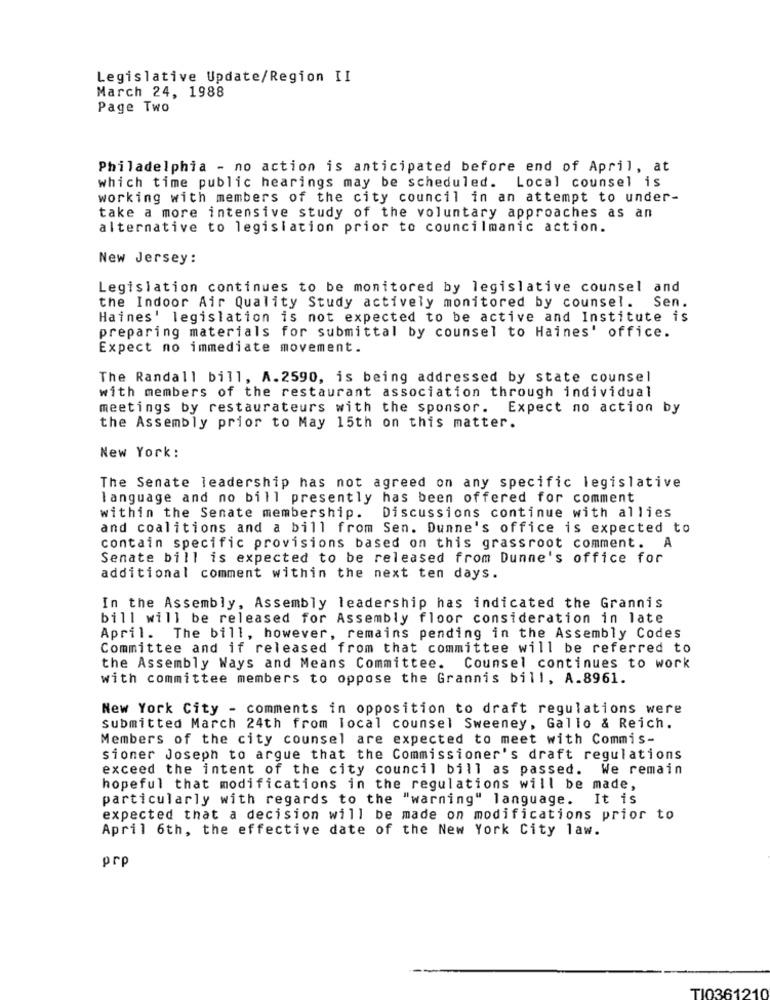
Legislative Update/Region II
March 24, 1988
Page Two
Philadelphia - no action is anticipated before end of April, at
which time public hearings may be scheduled. Local counsel is
working with members of the city council in an attempt to under-
take a more intensive study of the voluntary approaches as an
alternative to legislation prior to councilmanic action.
New Jersey:
Legislation continues to be monitored by legislative counsel and
Sen.
the Indoor Air Quality Study actively monitored by counsel.
Haines' legislation is not expected to be active and Institute is
preparing materials for submittal by counsel to Haines' office.
Expect no immediate movement.
The Randall bill, A.2590, is being addressed by state counsel
with members of the restaurant association through individual
meetings by restaurateurs with the sponsor.
Expect no action by
the Assembly prior to May 15th on this matter.
New York:
The Senate leadership has not agreed on any specific legislative
language and no bill presently has been offered for comment
within the Senate membership.
Discussions continue with allies
and coalitions and a bill from Sen. Dunne's office is expected to
contain specific provisions based on this grassroot comment. A
Senate bill is expected to be released from Dunne's office for
additional comment within the next ten days.
In the Assembly, Assembly leadership has indicated the Grannis
bill will be released for Assembly floor consideration in late
April. The bill, however, remains pending in the Assembly Codes
Committee and if released from that committee will be referred to
the Assembly Ways and Means Committee.
Counsel continues to work
with committee members to oppose the Grannis bill, A.8961.
New York City - comments in opposition to draft regulations were
submitted March 24th from local counsel Sweeney, Gallo & Reich.
Members of the city counsel are expected to meet with Commis-
sioner Joseph to argue that the Commissioner's draft regulations
exceed the intent of the city council bill as passed. We remain
hopeful that modifications in the regulations will be made,
particularly with regards to the "warning" language. It is
expected that a decision will be made on modifications prior to
April 6th, the effective date of the New York City law.
prp
TI036121